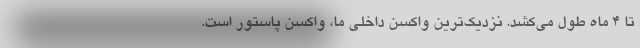
تا ۴ ماه طول می‌کشد. نزدیک‌ترین واکسن داخلی ما، واکسن پاستور است.